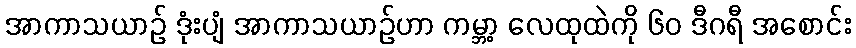
အာကာသယာဉ် ဒုံးပျံ အာကာသယာဉ်ဟာ ကမ္ဘာ့ လေထုထဲကို ၆၀ ဒီဂရီ အစောင်း